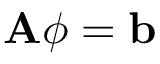
\mathbf { A } \phi = \mathbf { b }